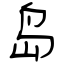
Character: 岛